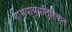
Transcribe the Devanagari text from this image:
गाभ्याव्यतिरिक्त